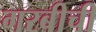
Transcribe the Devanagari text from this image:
गरबीची